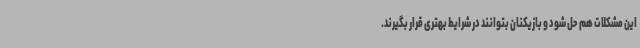
این مشکلات هم حل شود و بازیکنان بتوانند در شرایط بهتری قرار بگیرند.